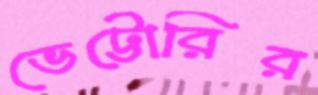
ভেট্টোরির